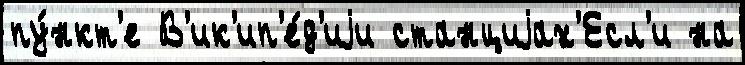
пу́нкт'е В'ик'ип'е́д'иjи станциjах'Есл'и на